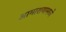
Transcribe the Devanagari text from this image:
आमाशयामध्ये